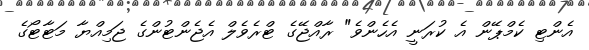
އެންޓި ކެމްޕޭން އެ ކުރަނީ އެހެންވެ" ރާއްޖޭގެ ޓްރެވެލް އެޖެންޓުންގެ ޖަމިއްޔާ މަޓާޓޯގެ